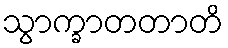
သွာက္ခာတတာတိ